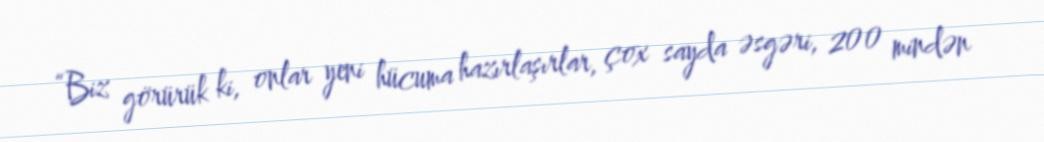
“Biz görürük ki, onlar yeni hücuma hazırlaşırlar, çox sayda əsgəri, 200 mindən